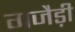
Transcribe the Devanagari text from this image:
गजैड़ी